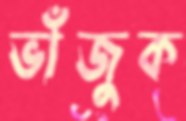
ভাঁজুক